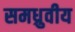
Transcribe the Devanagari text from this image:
समध्रुवीय